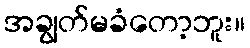
အချွတ်မခံတော့ဘူး။